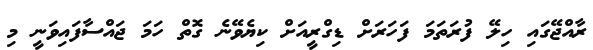
ރާއްޖޭގައި ހިލޭ ފުރަތަމަ ފަހަރަށް ޑިގްރީއަށް ކިޔެވޭނެ ގޮތް ހަމަ ޖައްސާފައިވަނީ މި